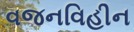
વજનવિહીન